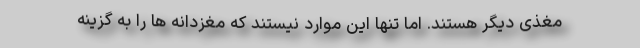
مغذی دیگر هستند. اما تنها این موارد نیستند که مغزدانه ها را به گزینه